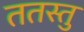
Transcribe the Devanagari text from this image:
ततस्तु